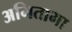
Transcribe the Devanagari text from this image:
अमिताभा